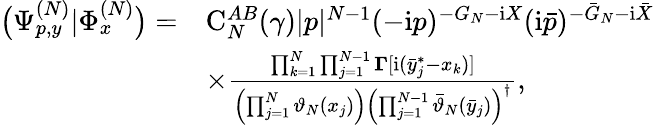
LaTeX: \begin{array}{rl}{\big(\Psi_{p,y}^{(N)}|\Phi_{x}^{(N)}\big)=}&{\mathrm C_{N}^{AB}(\gamma)|p|^{N-1}(-\mathrm{i}p)^{-G_{N}-\mathrm{i}X}(\mathrm{i}\bar{p})^{-\bar{G}_{N}-\mathrm{i}\bar{X}}}\\ &{\times\frac{\prod_{k=1}^{N}\prod_{j=1}^{N-1}\boldsymbol\Gamma[\mathrm{i}(\bar{y}_{j}^{*}-x_{k})]}{\left(\prod_{j=1}^{N}\vartheta_{N}(x_{j})\right)\left(\prod_{j=1}^{N-1}\bar{\vartheta}_{N}(\bar{y}_{j})\right)^{\dagger}},}\end{array}